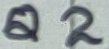
Text: Q2